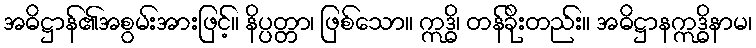
အဓိဋ္ဌာန်၏အစွမ်းအားဖြင့်။ နိပ္ပတ္တာ၊ ဖြစ်သော။ ဣဒ္ဓိ၊ တန်ခိုးတည်း။ အဓိဋ္ဌာနဣဒ္ဓိနာမ၊